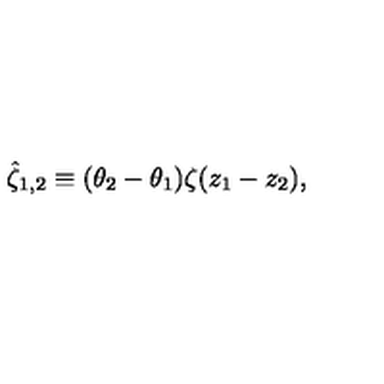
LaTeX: { \hat { \zeta } _ { 1 , 2 } } \equiv ( \theta _ { 2 } - \theta _ { 1 } ) \zeta ( z _ { 1 } - z _ { 2 } ) ,